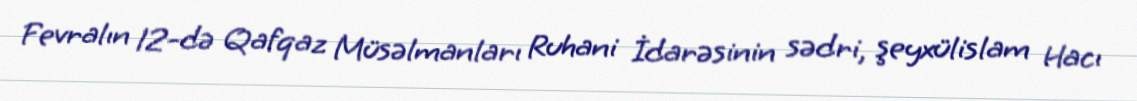
Fevralın 12-də Qafqaz Müsəlmanları Ruhani İdarəsinin sədri, şeyxülislam Hacı